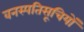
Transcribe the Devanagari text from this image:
वनस्पतिसूचियों